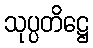
သုပ္ပတိဋ္ဌေ